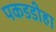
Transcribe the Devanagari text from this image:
पकडडीहा